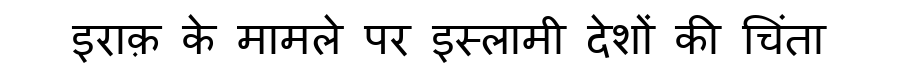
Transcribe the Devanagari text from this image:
इराक़ के मामले पर इस्लामी देशों की चिंता